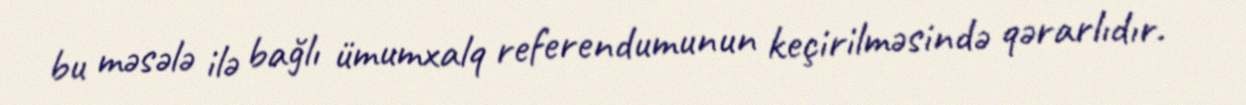
bu məsələ ilə bağlı ümumxalq referendumunun keçirilməsində qərarlıdır.